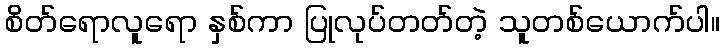
စိတ်ရောလူရော နှစ်ကာ ပြုလုပ်တတ်တဲ့ သူတစ်ယောက်ပါ။